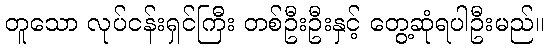
တူသော လုပ်ငန်းရှင်ကြီး တစ်ဦးဦးနှင့် တွေ့ဆုံရပါဦးမည်။